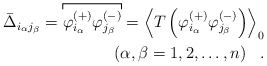
\begin{align*}{\bar{\Delta}}_{{i}_{\alpha }{{j}_{\beta }}}=\overbracket[0.5pt]{{\varphi}^{\left(+ \right)}_{{i}_{\alpha }} {{\varphi}}^{\left( - \right)}_{{j}_{\beta }}}={\left\langle T\left( {{\varphi }_{{{i}_{\alpha }}}^{\left( +\right) }{\varphi }_{{{j}_{\beta }}}^{\left( -\right) }}\right) \right\rangle }_{0} \\\left( \alpha ,\beta =1,2,\ldots ,n\right) \ \ .\end{align*}